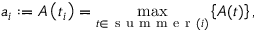
a _ { i } : = A \left( t _ { i } \right) = \operatorname* { m a x } _ { t \in \mathrm { ~ s ~ u ~ m ~ m ~ e ~ r ~ } ( i ) } \left\{ A ( t ) \right\} ,